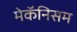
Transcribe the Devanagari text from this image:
मेकॅनिसम